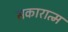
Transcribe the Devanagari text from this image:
सकारात्म